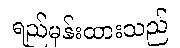
ရည်မှန်းထားသည်